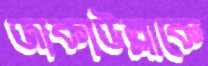
জাকাউল্লাকে